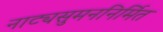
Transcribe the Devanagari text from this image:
नाट्यसुमननिर्मित